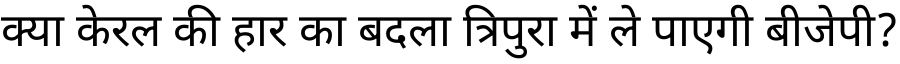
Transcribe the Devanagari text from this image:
क्या केरल की हार का बदला त्रिपुरा में ले पाएगी बीजेपी?